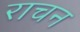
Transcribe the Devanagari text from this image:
राचन